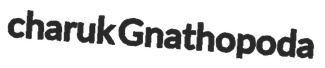
charuk Gnathopoda